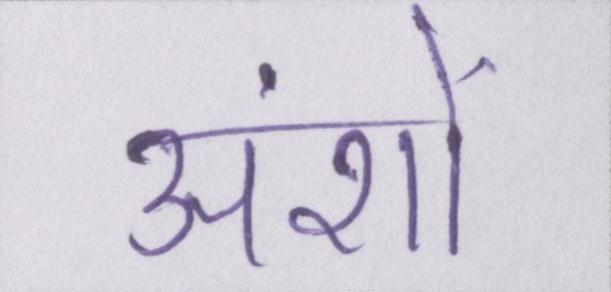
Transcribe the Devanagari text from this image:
अंशों